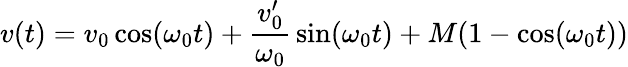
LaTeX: v(t)=v_{0}\cos(\omega_{0}t)+{\frac{v_{0}^{\prime}}{\omega_{0}}}\sin(\omega_{0}t)+M(1-\cos(\omega_{0}t))